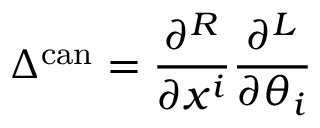
\Delta ^ { \mathrm { c a n } } = \frac { \partial ^ { R } } { \partial x ^ { i } } \frac { \partial ^ { L } } { \partial \theta _ { i } }